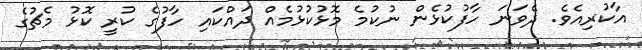
އާކުރިއެވެ. ދެވަނަ ހާފުކުޅެން ނުކުމެ މޮޅުކުޅުމެއް ދައްކައި ހާފުގެ ކުރީ ކޮޅު މެޗުގެ